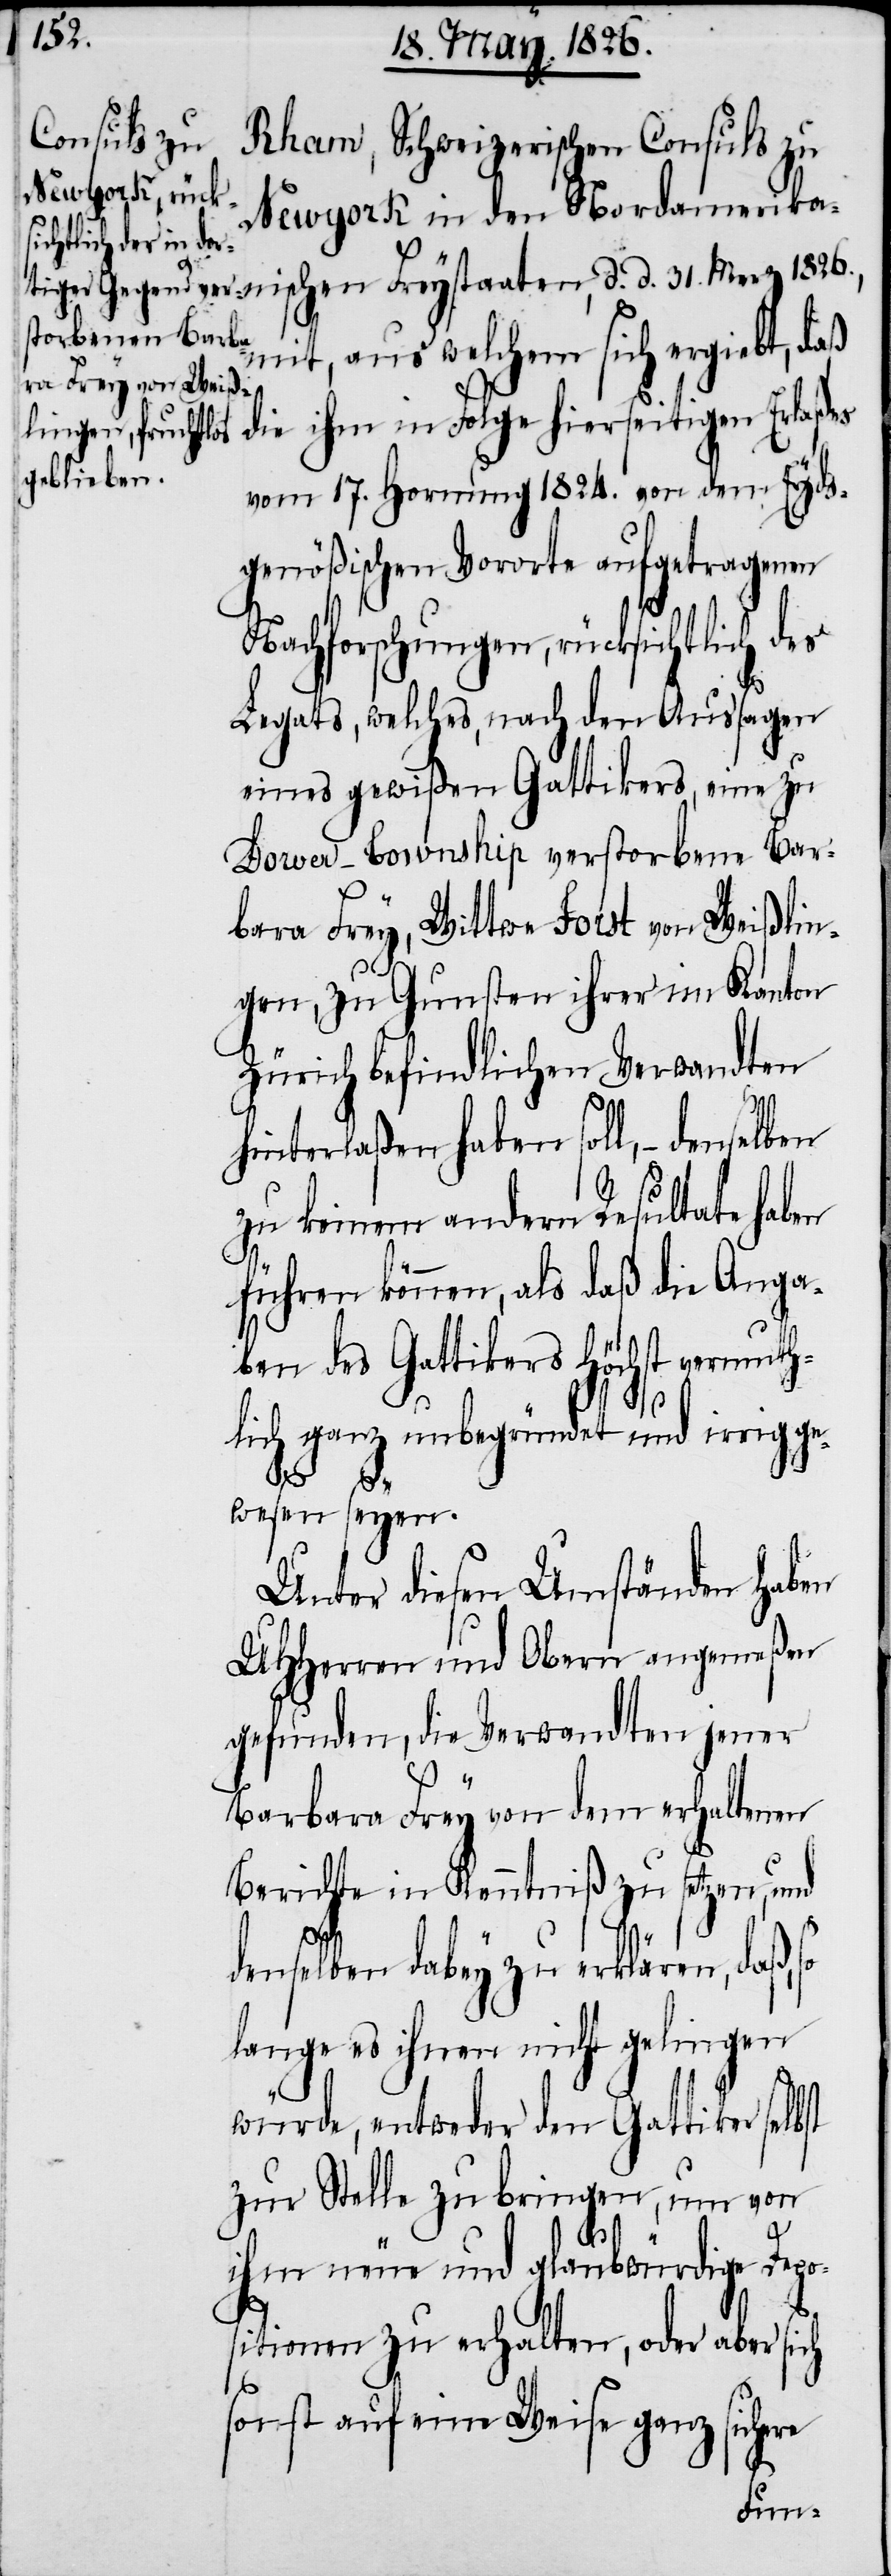
31. Merz 1826.,
Rham, Schweizerischen Consuls zu
Newyork in den Nordamerikani¬
d.
mit, aus welchem sich ergiebt, daß
die ihm in Folge hierseitigen Erlaßes
vom 17. Hornung 1824. von dem Eyds¬
genößischen Vororte aufgetragenen
Nachforschungen, rücksichtlich des
Legats, welches, nach den Aussagen
eines gewißen Gattikers, eine zu
Dower-Township verstorbene Bar¬
bara Frey, Wittwe Forst von Weißlin¬
gen, zu Gunsten ihrer im Kanton
Zürich befindlichen Verwandten
hinterlaßen haben soll, – denselben
zu keinem andern Resultate haben
führen können, als daß die Anga¬
ben des Gattikers höchst vermuth¬
lich ganz unbegründet und irrig ge¬
wesen seyen.
Unter diesen Umständen haben
UHHerren und Obern angemeßen
gefunden, die Verwandten jener
Barbara Frey von dem erhaltenen
Berichte in Kenntniß zu setzen, und
o¬
denselben dabey zu erklären, daß,
lange es ihnen nicht gelingen
würde, entweder den Gattiker selbst
zur Stelle zu bringen, um von
ihm neue und glaubwürdige Dep¬
sitionen zu erhalten, oder aber sich
sonst auf eine Weise ganz
schen